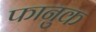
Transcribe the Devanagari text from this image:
फानुक